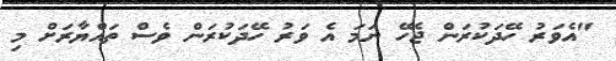
"އެވަރު ހޭދަކުރަން ޖެހޭ ނަމަ އެ ވަރު ހޭދަކުރަން ވެސް ތައްޔާރަށް މި